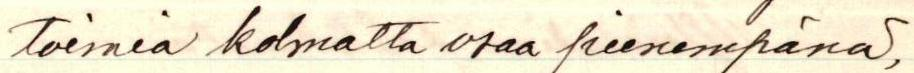
toimia kolmatta osaa pienempänä